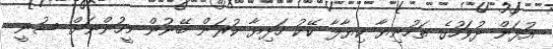
އުފަން ދުވަހުގެ ތަހުނިޔާ ކިޔާލާ ކޭކު ހަދިޔާ ކުރަން ބޭނުން މީހުންނަށް ސުނީ